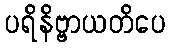
ပရိနိဗ္ဗာယတိပေ